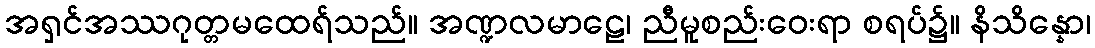
အရှင်အဿဂုတ္တမထေရ်သည်။ အဏ္ဍလမာဠေ၊ ညီမူစည်းဝေးရာ စရပ်၌။ နိသိန္နော၊